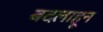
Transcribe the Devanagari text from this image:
बदलाहून